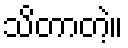
သိတာတဲ့။